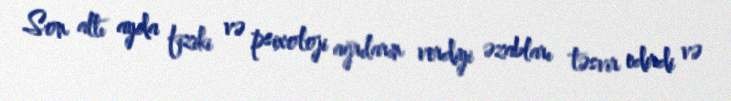
Son altı ayda fiziki və psixoloji ağrıların verdiyi əzabları təsvir edirdi və